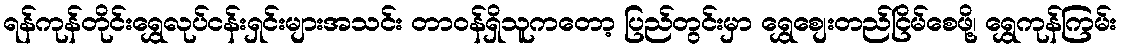
ရန်ကုန်တိုင်းရွှေလုပ်ငန်းရှင်းများအသင်း တာ၀န်ရှိသူကတော့ ပြည်တွင်းမှာ ရွှေစျေးတည်ငြိမ်စေဖို့၊ ရွှေကုန်ကြမ်း